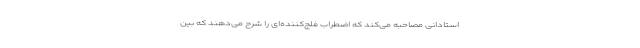
استادانی مصاحبه می‌کند که اضطراب فلج‌کننده‌ای را شرح می‌دهند که بین